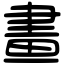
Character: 畫